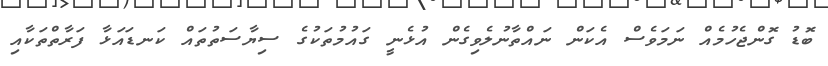
ބޮޑު ގޮންޖެހުމެއް ނަމަވެސް އެކަން ނައްތާނުލެވިގެން އުޅެނީ ގައުމުތަކުގެ ސިޔާސަތުތައް ކަނޑައަޅާ ފަރާތްތަކާއި